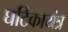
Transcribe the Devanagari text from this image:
घटिकायंत्र